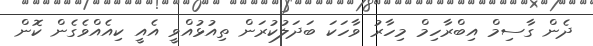
ދެން ގާސިމް އިބްރާހިމް މިހާރު ވާހަކަ ބަދަލުކުރަން ތިއުޅުއްވީ އެއީ ކިއެއްވެގެން ކޮން